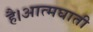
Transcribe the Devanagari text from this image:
है।आत्मघाती